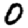
Digit: 0